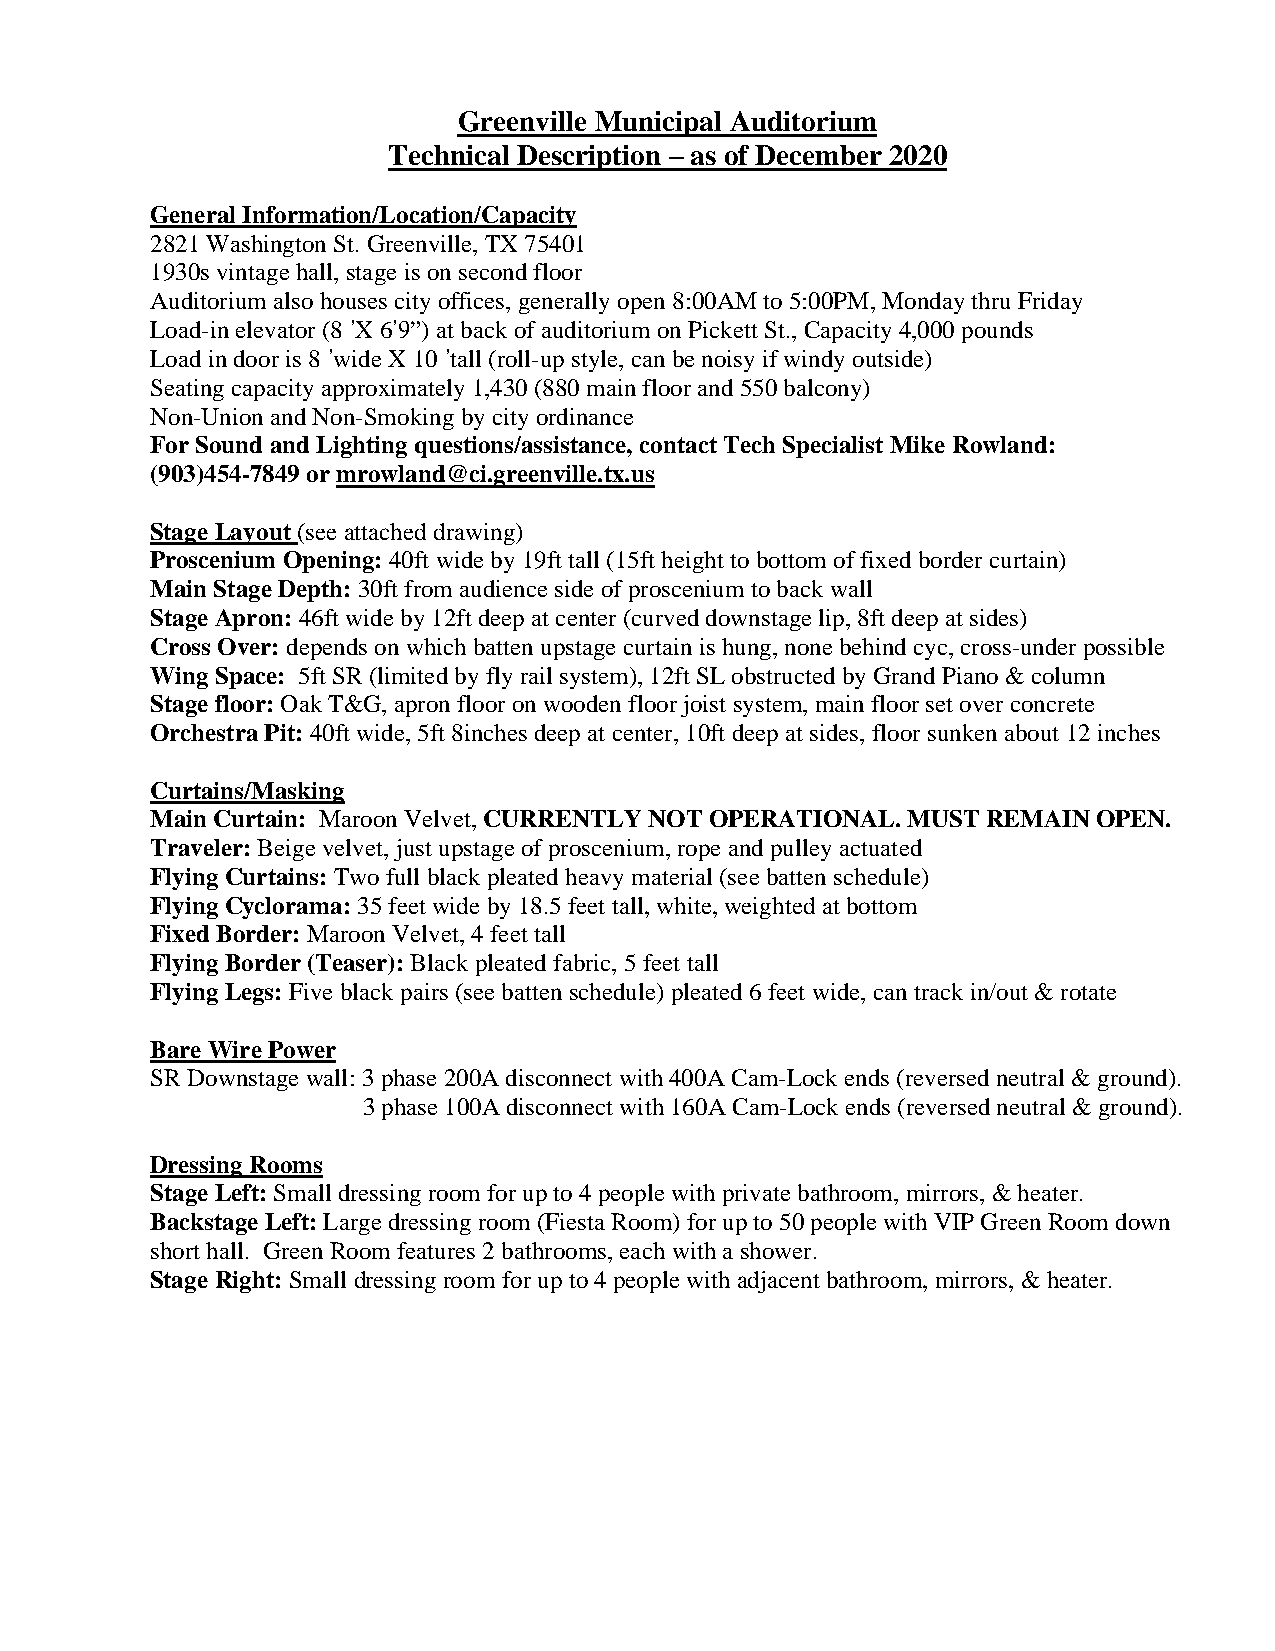
Greenville Municipal Auditorium
 Technical Description – as of December 2020
 General Information/Location/Capacity
 2821 Washington St. Greenville, TX 75401
 1930s vintage hall, stage is on second floor
 Auditorium also houses city offices, generally open 8:00AM to 5:00PM, Monday thru Friday
 Load-in elevator (8 ’X 6’9”) at back of auditorium on Pickett St., Capacity 4,000 pounds
 Load in door is 8 ’wide X 10 ’tall (roll-up style, can be noisy if windy outside)
 Seating capacity approximately 1,430 (880 main floor and 550 balcony)
 Non-Union and Non-Smoking by city ordinance
 For Sound and Lighting questions/assistance, contact Tech Specialist Mike Rowland:
 (903)454-7849 or mrowland@ci.greenville.tx.us
 Stage Layout (see attached drawing)
 Proscenium Opening: 40ft wide by 19ft tall (15ft height to bottom of fixed border curtain)
 Main Stage Depth: 30ft from audience side of proscenium to back wall
 Stage Apron: 46ft wide by 12ft deep at center (curved downstage lip, 8ft deep at sides)
 Cross Over: depends on which batten upstage curtain is hung, none behind cyc, cross-under possible
 Wing Space: 5ft SR (limited by fly rail system), 12ft SL obstructed by Grand Piano & column
 Stage floor: Oak T&G, apron floor on wooden floor joist system, main floor set over concrete
 Orchestra Pit: 40ft wide, 5ft 8inches deep at center, 10ft deep at sides, floor sunken about 12 inches
 Curtains/Masking
 Main Curtain: Maroon Velvet, CURRENTLY NOT OPERATIONAL. MUST REMAIN OPEN.
 Traveler: Beige velvet, just upstage of proscenium, rope and pulley actuated
 Flying Curtains: Two full black pleated heavy material (see batten schedule)
 Flying Cyclorama: 35 feet wide by 18.5 feet tall, white, weighted at bottom
 Fixed Border: Maroon Velvet, 4 feet tall
 Flying Border (Teaser): Black pleated fabric, 5 feet tall
 Flying Legs: Five black pairs (see batten schedule) pleated 6 feet wide, can track in/out & rotate
 Bare Wire Power
 SR Downstage wall: 3 phase 200A disconnect with 400A Cam-Lock ends (reversed neutral & ground).
 3 phase 100A disconnect with 160A Cam-Lock ends (reversed neutral & ground).
 Dressing Rooms
 Stage Left: Small dressing room for up to 4 people with private bathroom, mirrors, & heater.
 Backstage Left: Large dressing room (Fiesta Room) for up to 50 people with VIP Green Room down
 short hall. Green Room features 2 bathrooms, each with a shower.
 Stage Right: Small dressing room for up to 4 people with adjacent bathroom, mirrors, & heater.